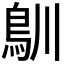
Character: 𩾧